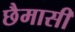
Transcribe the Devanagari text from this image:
छैमासी